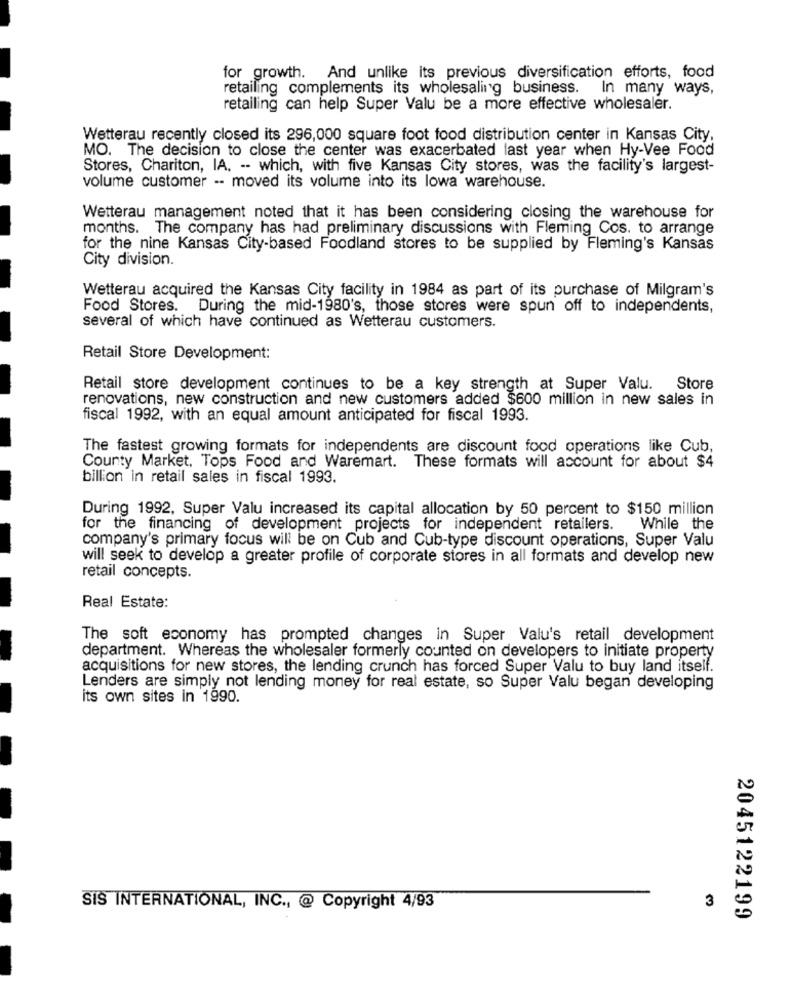
for growth. And unlike its previous diversification efforts, food
retailing complements its wholesaling business. In many ways,
retailing can help Super Valu be a more effective wholesaler.
Wetterau recently closed its 296,000 square foot food distribution center in Kansas City,
MO. The decision to close the center was exacerbated last year when Hy-Vee Food
Stores, Chariton, IA. -- which, with five Kansas City stores, was the facility's largest-
volume customer -- moved its volume into its lowa warehouse.
Wetterau management noted that it has been considering closing the warehouse for
months. The company has had preliminary discussions with Fleming Cos. to arrange
for the nine Kansas City-based Foodland stores to be supplied by Fleming's Kansas
City division.
Wetterau acquired the Kansas City facility in 1984 as part of its purchase of Milgram's
Food Stores. During the mid-1980's, those stores were spun off to independents,
several of which have continued as Wetterau customers.
Retail Store Development:
Retail store development continues to be a key strength at Super Valu. Store
renovations, new construction and new customers added $600 million in new sales in
fiscal 1992, with an equal amount anticipated for fiscal 1993.
The fastest growing formats for independents are discount food operations like Cub,
County Market, Tops Food and Waremart. These formats will account for about $4
billion in retail sales in fiscal 1993.
During 1992, Super Valu increased its capital allocation by 50 percent to $150 million
for the financing of development projects for independent retailers.
While the
company's primary focus will be on Cub and Cub-type discount operations, Super Valu
will seek to develop a greater profile of corporate stores in all formats and develop new
retail concepts.
Real Estate:
The soft economy has prompted changes in Super Valu's retail development
department. Whereas the wholesaler formerly counted on developers to initiate property
acquisitions for new stores, the lending crunch has forced Super Valu to buy land itself.
Lenders are simply not lending money for real estate, so Super Valu began developing
its own sites in 1990.
3
SIS INTERNATIONAL, INC ., @ Copyright 4/93
2045122199